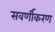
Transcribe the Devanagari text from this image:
सवर्णीकरण